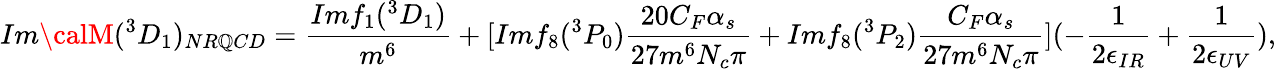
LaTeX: Im{\calM}(^{3}D_{1})_{NR\mathbb{Q}CD}=\frac{{Imf_{1}(^{3}D_{1})}}{{m^{6}}}+[Imf_{8}(^{3}P_{0})\frac{{20C_{F}\alpha_{s}}}{{27m^{6}N_{c}\pi}}+Imf_{8}(^{3}P_{2})\frac{{C_{F}\alpha_{s}}}{{27m^{6}N_{c}\pi}}](-\frac{{1}}{{2\epsilon_{IR}}}+\frac{{1}}{{2\epsilon_{UV}}}),